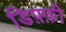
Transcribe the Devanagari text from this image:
डिफ़्फ़ी